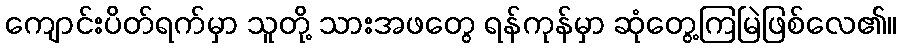
ကျောင်းပိတ်ရက်မှာ သူတို့ သားအဖတွေ ရန်ကုန်မှာ ဆုံတွေ့ကြမြဲဖြစ်လေ၏။